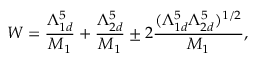
W = \frac { \Lambda _ { 1 d } ^ { 5 } } { M _ { 1 } } + \frac { \Lambda _ { 2 d } ^ { 5 } } { M _ { 1 } } \pm 2 \frac { ( \Lambda _ { 1 d } ^ { 5 } \Lambda _ { 2 d } ^ { 5 } ) ^ { 1 / 2 } } { M _ { 1 } } ,